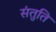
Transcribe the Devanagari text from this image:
संतुति